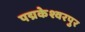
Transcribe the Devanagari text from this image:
पद्मकेश्वरपुर